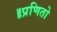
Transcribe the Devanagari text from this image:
॥प्रणितो